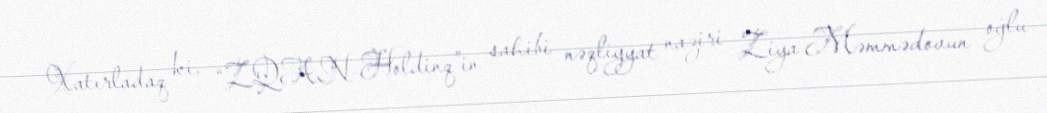
Xatırladaq ki, “ZQAN-Holdinq”in sahibi nəqliyyat naziri Ziya Məmmədovun oğlu